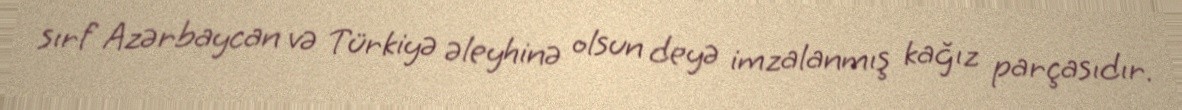
sırf Azərbaycan və Türkiyə əleyhinə olsun deyə imzalanmış kağız parçasıdır.